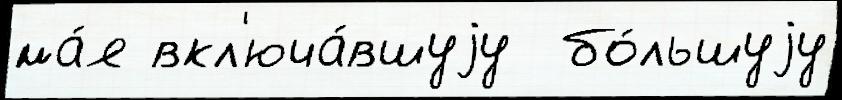
ма́я вкл'юча́вшуjу  бо́льшуjу